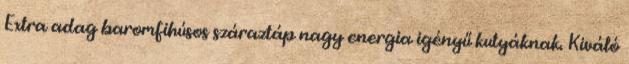
Extra adag baromfihúsos száraztáp nagy energia igényű kutyáknak. Kiváló